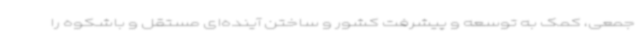
جمعی، کمک به توسعه و پیشرفت کشور و ساختن آینده‌ای مستقل و باشکوه را